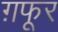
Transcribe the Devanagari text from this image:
ग़फूर